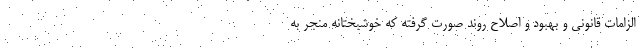
الزامات قانونی و بهبود و اصلاح روند صورت گرفته که خوشبختانه منجر به